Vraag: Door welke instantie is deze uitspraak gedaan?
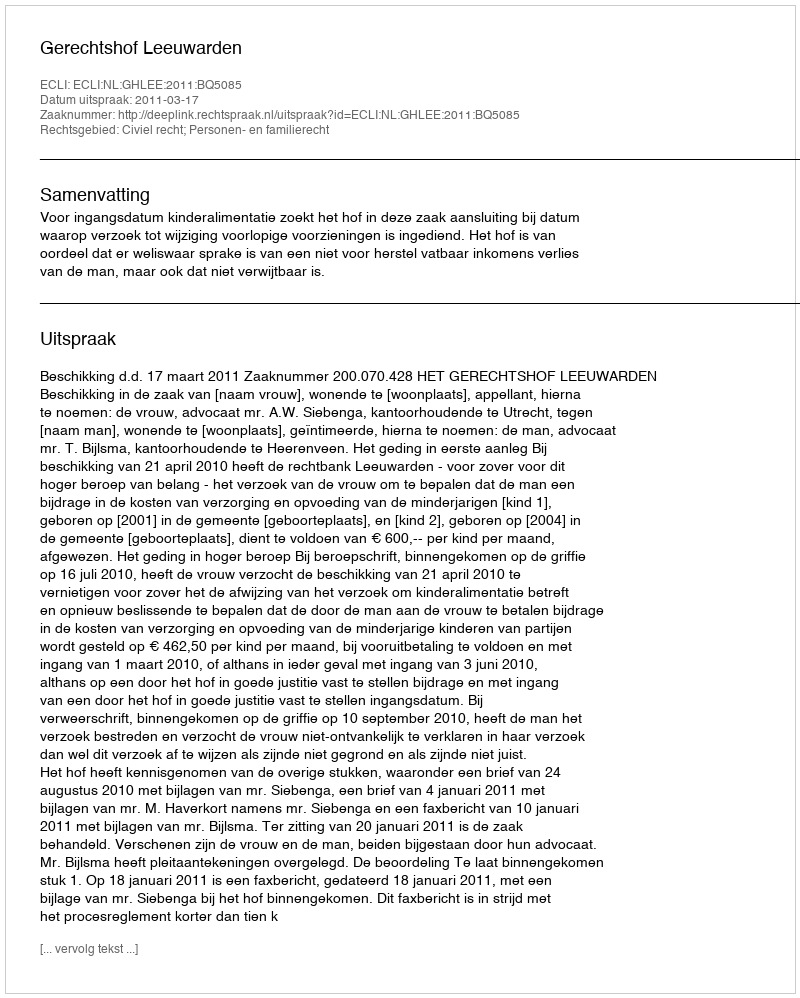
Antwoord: Gerechtshof Leeuwarden